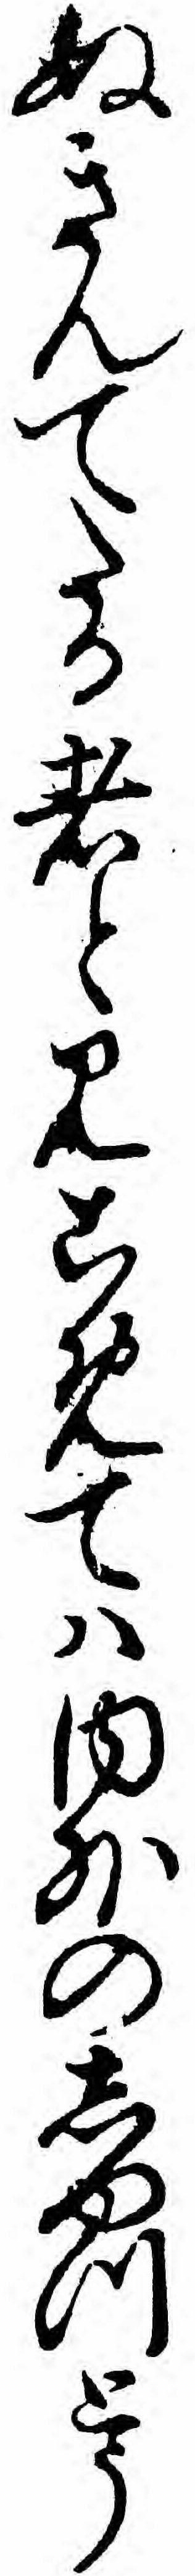
ぬきんてたる者と見こめてハ内外のしゆつとう